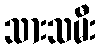
သားသမီး